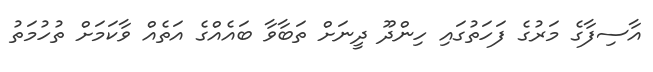
އާސިފާގެ މަރުގެ ފަހަތުގައި ހިންދޫ ދީނަށް ތަބާވާ ބައެއްގެ އަތެއް ވާކަމަށް ތުހުމަތު